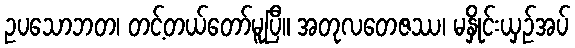
ဥပသောဘတ၊ တင့်တယ်တော်မူပြီ။ အတုလတေဇဿ၊ မနှိုင်းယှဉ်အပ်